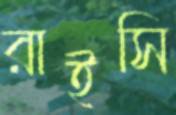
রাইসি